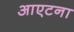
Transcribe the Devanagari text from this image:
आएटना